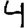
Digit: 4